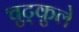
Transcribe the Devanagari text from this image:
चुट्कुले